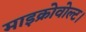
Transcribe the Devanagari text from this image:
माइक्रोवोल्ट।